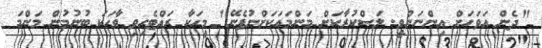
"ދެން އަވަހަށް އިންނަންވީ. ލަސްކުރާކަށް މަންމައަކަށްނުފެނޭ" މީހަކާ ރައްޓެހިވި ވާހަކަ ބުނުމުން މަންމަ